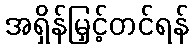
အရှိန်မြှင့်တင်ရန်